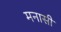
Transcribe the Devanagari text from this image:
मनासी